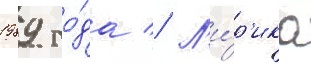
1989 го́да // Л'и́р'ика